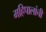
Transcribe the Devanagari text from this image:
महिपालांची